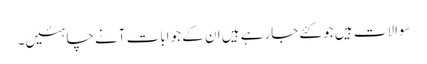
سوالات ہیں جو کئے جارہے ہیں ان کے جوابات آنے چاہئیں۔